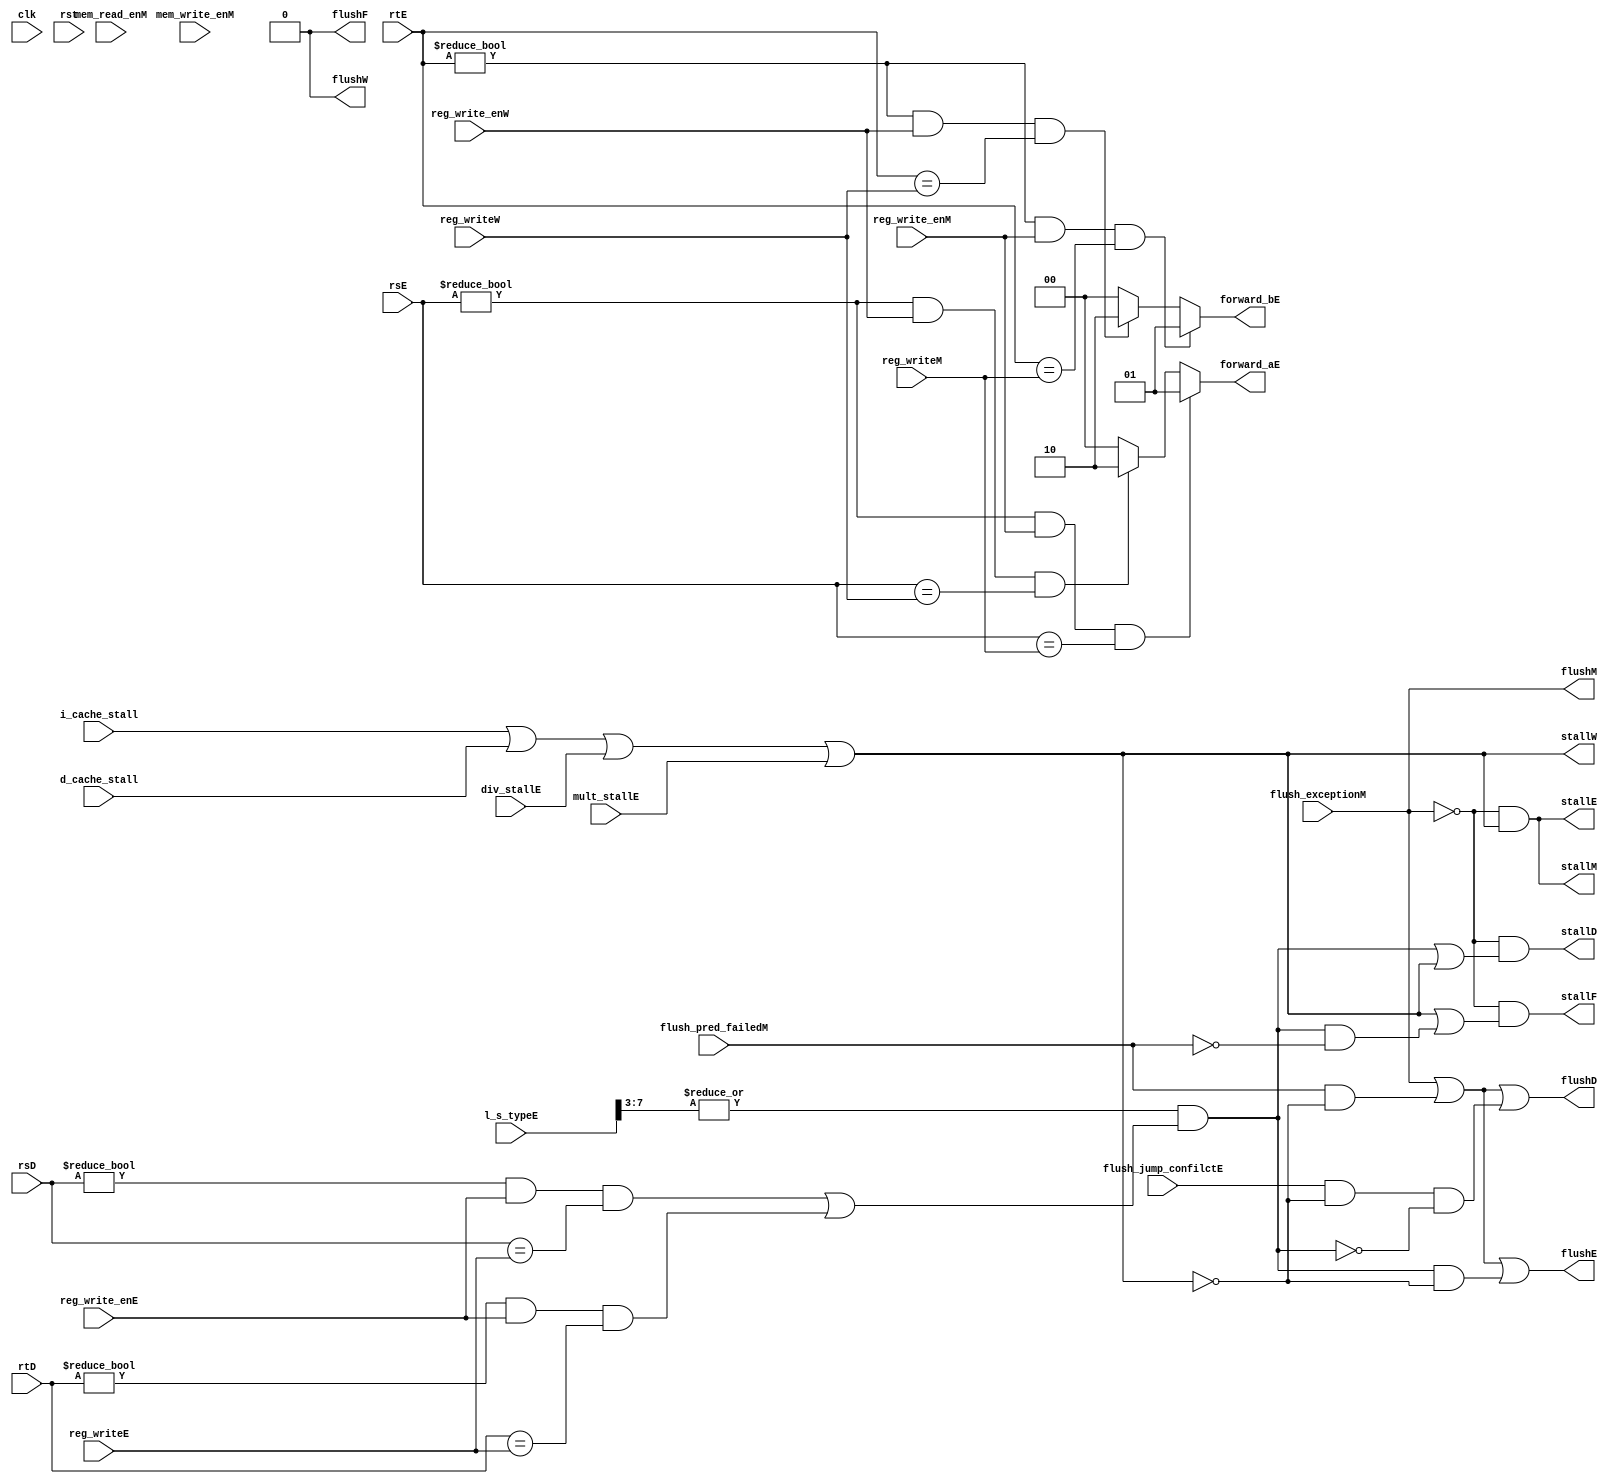
module hazard (
    input wire clk,rst,
    input wire i_cache_stall,
    input wire d_cache_stall,
    input wire mem_read_enM,
    input wire mem_write_enM,
    input wire div_stallE,
    input wire mult_stallE,
    input wire [7:0] l_s_typeE,

    input wire flush_jump_confilctE, flush_pred_failedM, flush_exceptionM,

    input wire [4:0] rsE, rsD,
    input wire [4:0] rtE, rtD,
    input wire reg_write_enE,
    input wire reg_write_enM,
    input wire reg_write_enW,
    input wire [4:0] reg_writeM, reg_writeE,
    input wire [4:0] reg_writeW, 
    
    output wire stallF, stallD, stallE, stallM, stallW,
    output wire flushF, flushD, flushE, flushM, flushW,
    output wire [1:0] forward_aE, forward_bE //00-> NONE, 01-> MEM, 10-> WB (LW instr)
);
    assign forward_aE = rsE != 0 && reg_write_enM && (rsE == reg_writeM) ? 2'b01 :
                        rsE != 0 && reg_write_enW && (rsE == reg_writeW) ? 2'b10 :
                        2'b00;
    assign forward_bE = rtE != 0 && reg_write_enM && (rtE == reg_writeM) ? 2'b01 :
                        rtE != 0 && reg_write_enW && (rtE == reg_writeW) ? 2'b10 :
                        2'b00;
    wire stall_ltypeE;
    assign stall_ltypeE = |(l_s_typeE[7:3]) & ((rsD != 0 && reg_write_enE && (rsD == reg_writeE)) || (rtD != 0 && reg_write_enE && (rtD == reg_writeE)));
    
    wire pipeline_stall;
    
    assign pipeline_stall = i_cache_stall | d_cache_stall | div_stallE | mult_stallE;
    //flushstall
    assign stallF = ~flush_exceptionM & (pipeline_stall | (stall_ltypeE & ~flush_pred_failedM));
    assign stallD = ~flush_exceptionM & (stall_ltypeE | pipeline_stall);
    assign stallE = ~flush_exceptionM & pipeline_stall;
    assign stallM = ~flush_exceptionM & pipeline_stall;
    assign stallW = pipeline_stall;

    assign flushF = 1'b0;//pc    
    assign flushD = flush_exceptionM | (flush_pred_failedM & ~pipeline_stall) | (flush_jump_confilctE & ~pipeline_stall & ~stall_ltypeE);       
    assign flushE = flush_exceptionM | (flush_pred_failedM & ~pipeline_stall) | (stall_ltypeE & ~pipeline_stall);     
    assign flushM = flush_exceptionM;
    assign flushW = 1'b0;//WB
endmodule